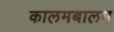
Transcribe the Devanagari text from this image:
कालमबालम